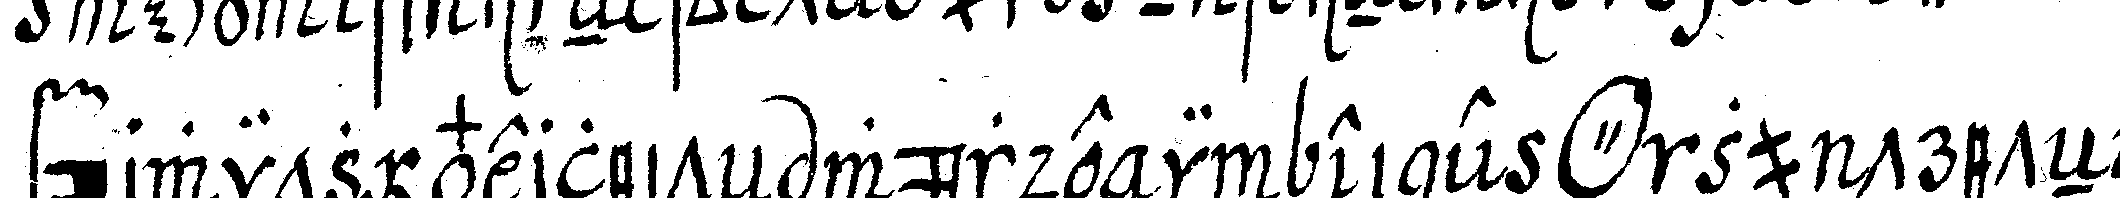
fürwitz verleiteN würde in eine *o* zu treteN